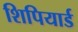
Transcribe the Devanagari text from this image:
शिपियार्ड